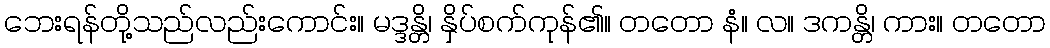
ဘေးရန်တို့သည်လည်းကောင်း။ မဒ္ဒန္တိ၊ နှိပ်စက်ကုန်၏။ တတော နံ။ လ။ ဒကန္တိ၊ ကား။ တတော